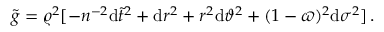
{ \tilde { g } } = \varrho ^ { 2 } [ - n ^ { - 2 } \mathrm { d } { \tilde { t } } ^ { 2 } + \mathrm { d } r ^ { 2 } + r ^ { 2 } \mathrm { d } \vartheta ^ { 2 } + ( 1 - \varpi ) ^ { 2 } \mathrm { d } \sigma ^ { 2 } ] \, .